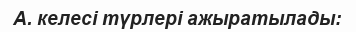
А. келесі түрлері ажыратылады: